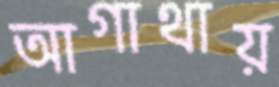
আগাথায়